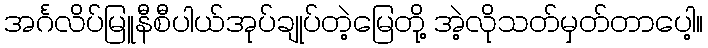
အင်္ဂလိပ်မြူနီစီပါယ်အုပ်ချုပ်တဲ့မြေတို့ အဲ့လိုသတ်မှတ်တာပေါ့။